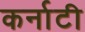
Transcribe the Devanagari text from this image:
कर्नाटी